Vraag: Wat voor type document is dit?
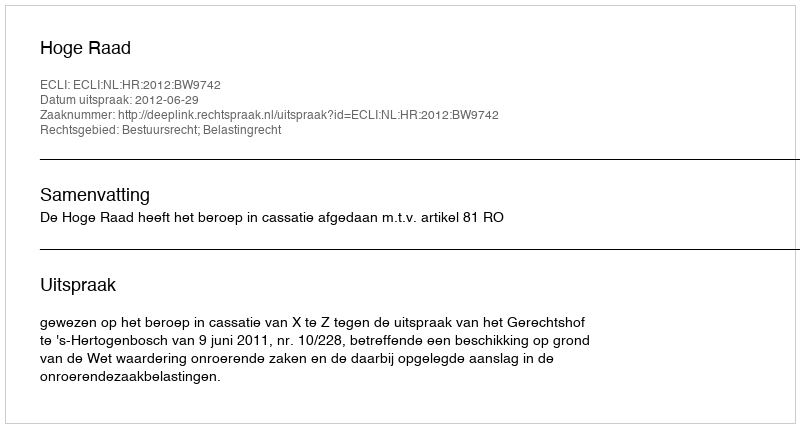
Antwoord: Uitspraak